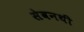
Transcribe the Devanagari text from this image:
सेवनथी